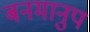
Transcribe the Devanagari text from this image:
बनमानुप